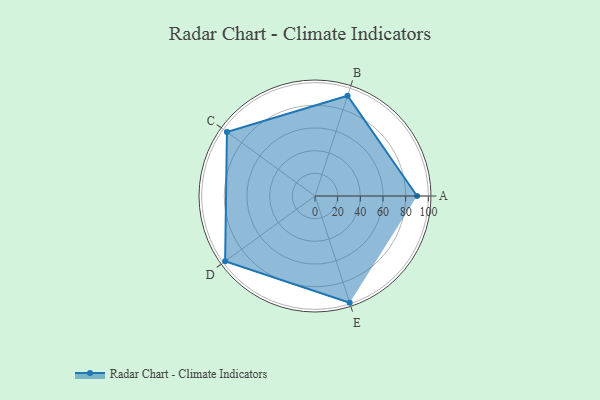
{"axis": {"x": "Skill", "y": "Score"}, "legend": ["Profile"], "data": [{"x": "A", "y": 90.0, "type": "Profile"}, {"x": "B", "y": 93.0, "type": "Profile"}, {"x": "C", "y": 96.0, "type": "Profile"}, {"x": "D", "y": 98.0, "type": "Profile"}, {"x": "E", "y": 99, "type": "Profile"}]}